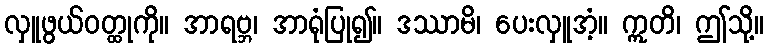
လှူဖွယ်ဝတ္ထုကို။ အာရဗ္ဘ၊ အာရုံပြု၍။ ဒဿာမိ၊ ပေးလှူအံ့။ ဣတိ၊ ဤသို့။